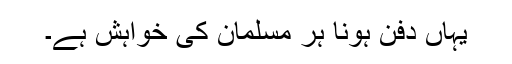
یہاں دفن ہونا ہر مسلمان کی خواہش ہے۔